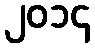
၂၀၁၄